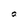
Character: a